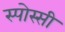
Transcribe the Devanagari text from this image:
स्पोस्सी